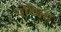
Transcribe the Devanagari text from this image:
पॉटेक्स